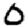
Digit: 0